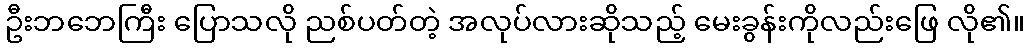
ဦးဘဘေကြီး ပြောသလို ညစ်ပတ်တဲ့ အလုပ်လားဆိုသည့် မေးခွန်းကိုလည်းဖြေ လို၏။